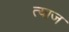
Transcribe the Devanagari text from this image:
त्याज